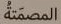
المصمتة